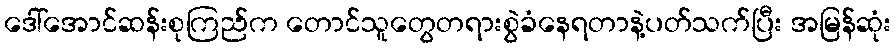
ဒေါ်အောင်ဆန်းစုကြည်က တောင်သူတွေတရားစွဲခံနေရတာနဲ့ပတ်သက်ပြီး အမြန်ဆုံး